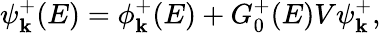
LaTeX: \psi_{\mathbf{k}}^{+}(E)=\phi_{\mathbf{k}}^{+}(E)+G_{0}^{+}(E)V\psi_{\mathbf{k}}^{+},